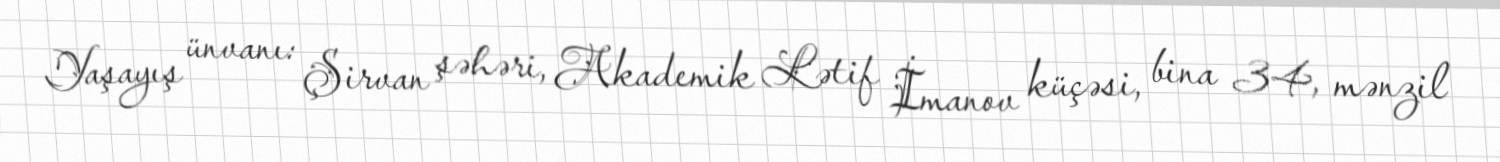
Yaşayış ünvanı: Şirvan şəhəri, Akademik Lətif İmanov küçəsi, bina 34, mənzil